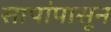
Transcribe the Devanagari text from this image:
सापांपासून